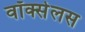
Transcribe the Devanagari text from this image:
वॉक्सेलस